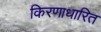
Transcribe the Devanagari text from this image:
किरणाधारित